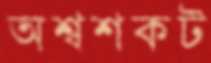
অশ্বশকট